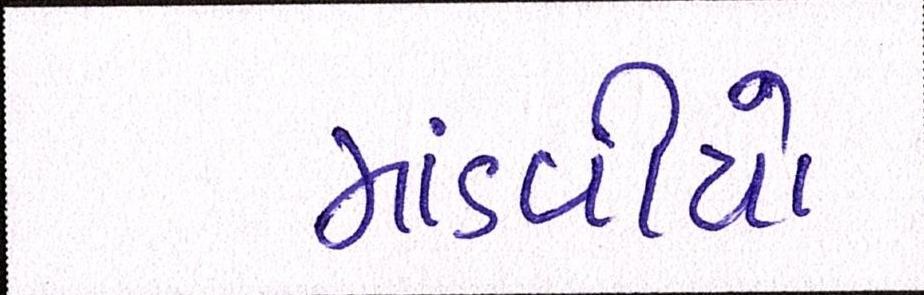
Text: માંડવીયો